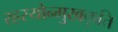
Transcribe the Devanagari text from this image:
रहस्योन्मुखकृति